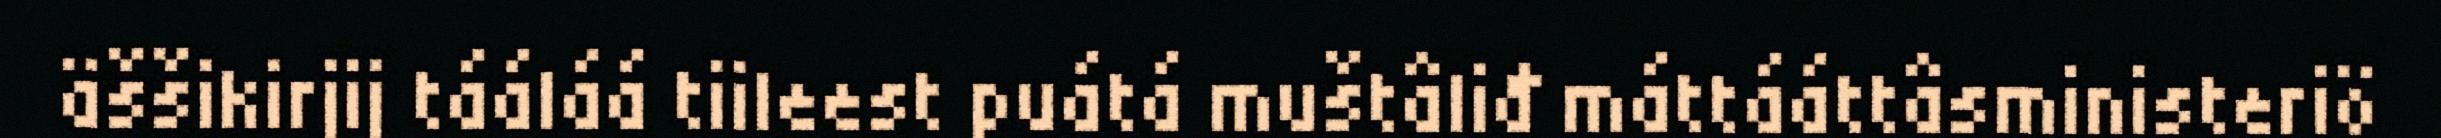
äššikirjij tááláá tiileest puátá muštâliđ máttááttâsministeriö